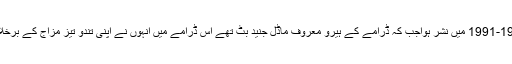
حسینہ معین کا تحریر کردہ یہ ڈرامہ 1992-1991 میں نشر ہواجب کہ ڈرامے کے ہیرو معروف ماڈل جنید بٹ تھے اس ڈرامے میں انہوں نے اپنی تندو تیز مزاج کے برخلاف ایک سنجیدہ خاتون کا کردار اداکیا تھا۔